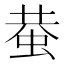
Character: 蛬